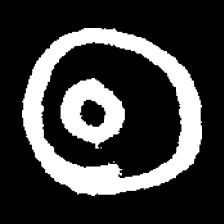
Pyu character \u2014 Myanmar letter: ထ (romanized: tha)